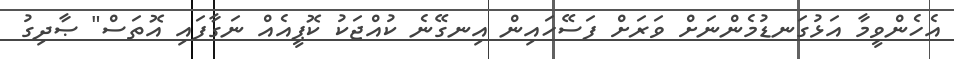
އެހެންވީމާ އަޅުގަނޑުމެންނަށް ވަރަށް ފަސޭހައިން އިނގޭނެ ކުއްޖަކު ކޮޕީއެއް ނަގާފައި އޮތަސް" ޞާދިގު